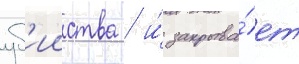
уб'ииства / и́ закрыва́ет